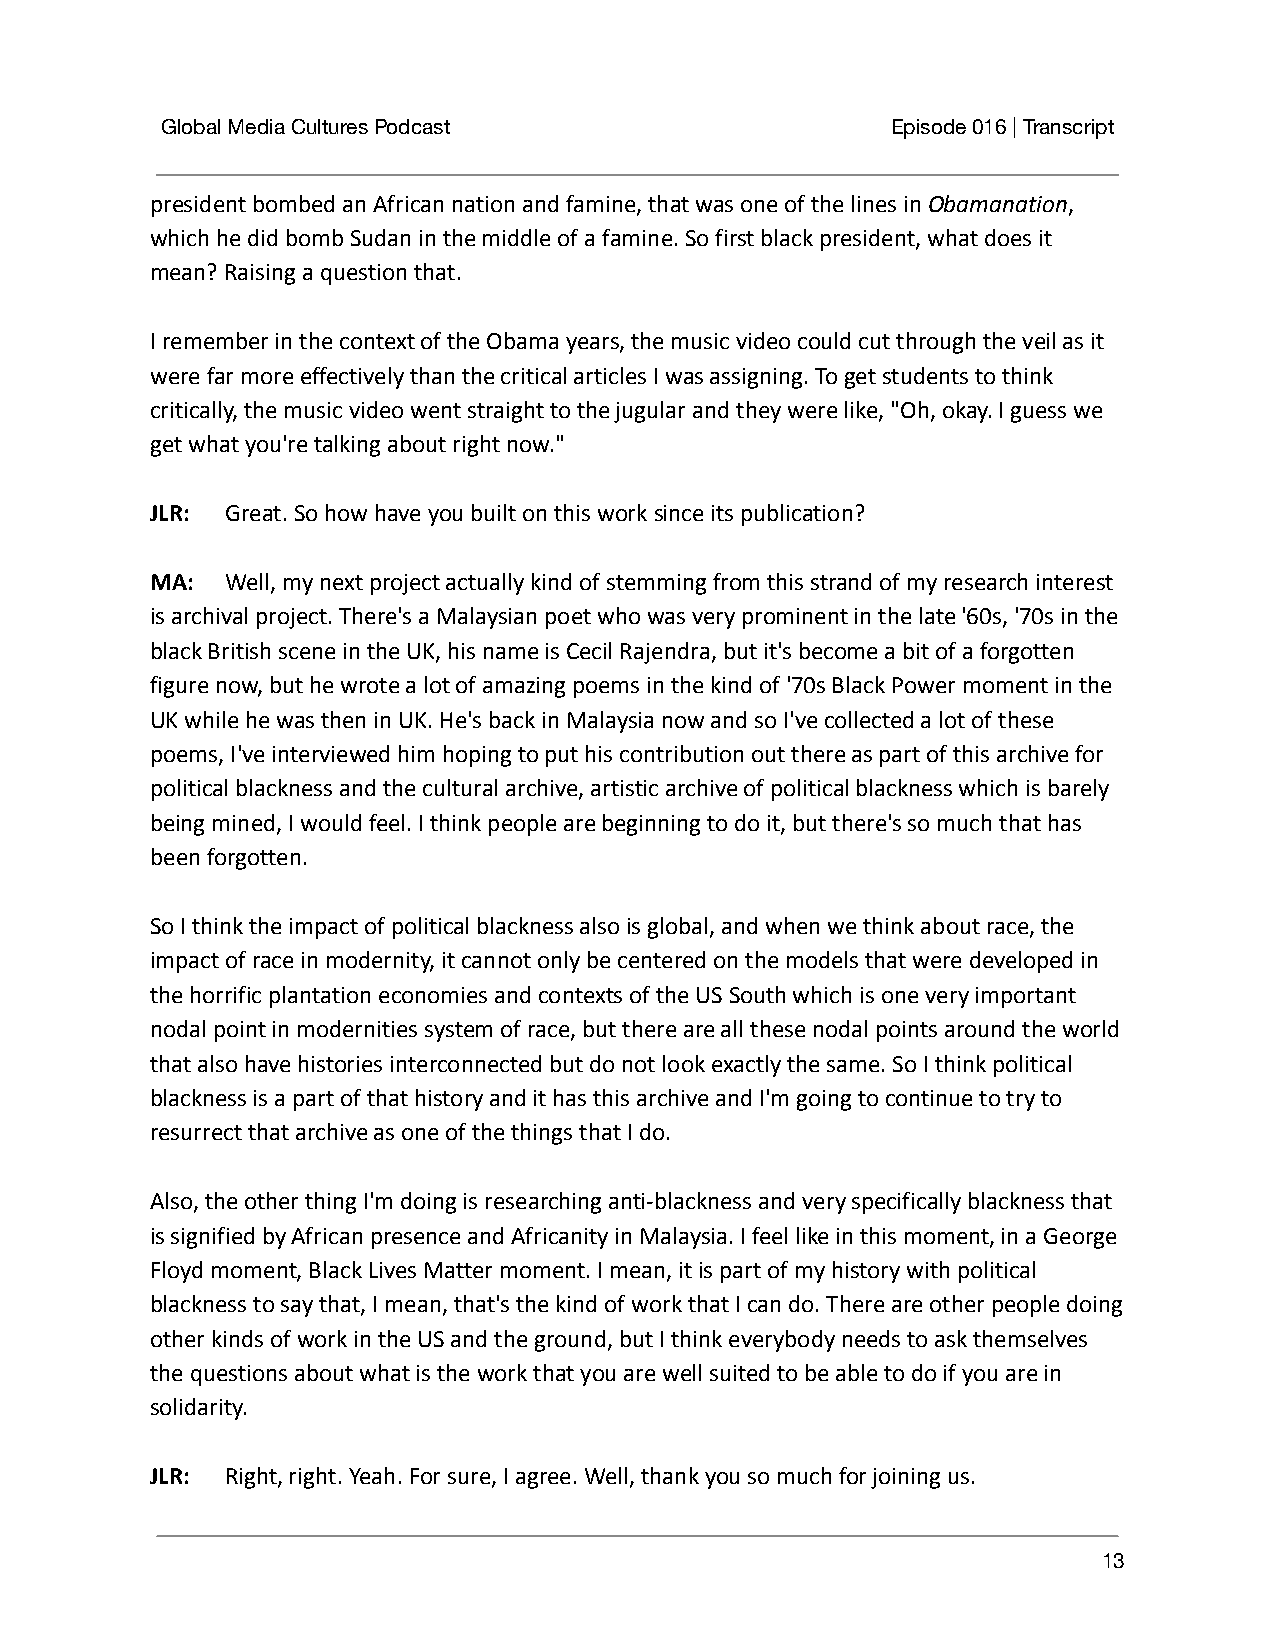
Global Media Cultures Podcast                   Episode 016 | Transcript
 president bombed an African nation and famine, that was one of the lines inObamanation,
 which he did bomb Sudan in the middle of a famine. So first black president, what does it
 mean? Raising a question that.
 I remember in the context of the Obama years, the music video could cut through the veil as it
 were far more effectively than the critical articles I was assigning. To get students to think
 critically, the music video went straight to the jugular and they were like, "Oh, okay. I guess we
 get what you're talking about right now."
 JLR: Great. So how have you built on this worksince its publication?
 MA:  Well, my next project actually kind of stemmingfrom this strand of my research interest
 is archival project. There's a Malaysian poet who was very prominent in the late '60s, '70s in the
 black British scene in the UK, his name is Cecil Rajendra, but it's become a bit of a forgotten
 figure now, but he wrote a lot of amazing poems in the kind of '70s Black Power moment in the
 UK while he was then in UK. He's back in Malaysia now and so I've collected a lot of these
 poems, I've interviewed him hoping to put his contribution out there as part of this archive for
 political blackness and the cultural archive, artistic archive of political blackness which is barely
 being mined, I would feel. I think people are beginning to do it, but there's so much that has
 been forgotten.
 So I think the impact of political blackness also is global, and when we think about race, the
 impact of race in modernity, it cannot only be centered on the models that were developed in
 the horrific plantation economies and contexts of the US South which is one very important
 nodal point in modernities system of race, but there are all these nodal points around the world
 that also have histories interconnected but do not look exactly the same. So I think political
 blackness is a part of that history and it has this archive and I'm going to continue to try to
 resurrect that archive as one of the things that I do.
 Also, the other thing I'm doing is researching anti-blackness and very specifically blackness that
 is signified by African presence and Africanity in Malaysia. I feel like in this moment, in a George
 Floyd moment, Black Lives Matter moment. I mean, it is part of my history with political
 blackness to say that, I mean, that's the kind of work that I can do. There are other people doing
 other kinds of work in the US and the ground, but I think everybody needs to ask themselves
 the questions about what is the work that you are well suited to be able to do if you are in
 solidarity.
 JLR: Right, right. Yeah. For sure, I agree. Well,thank you so much for joining us.
 13